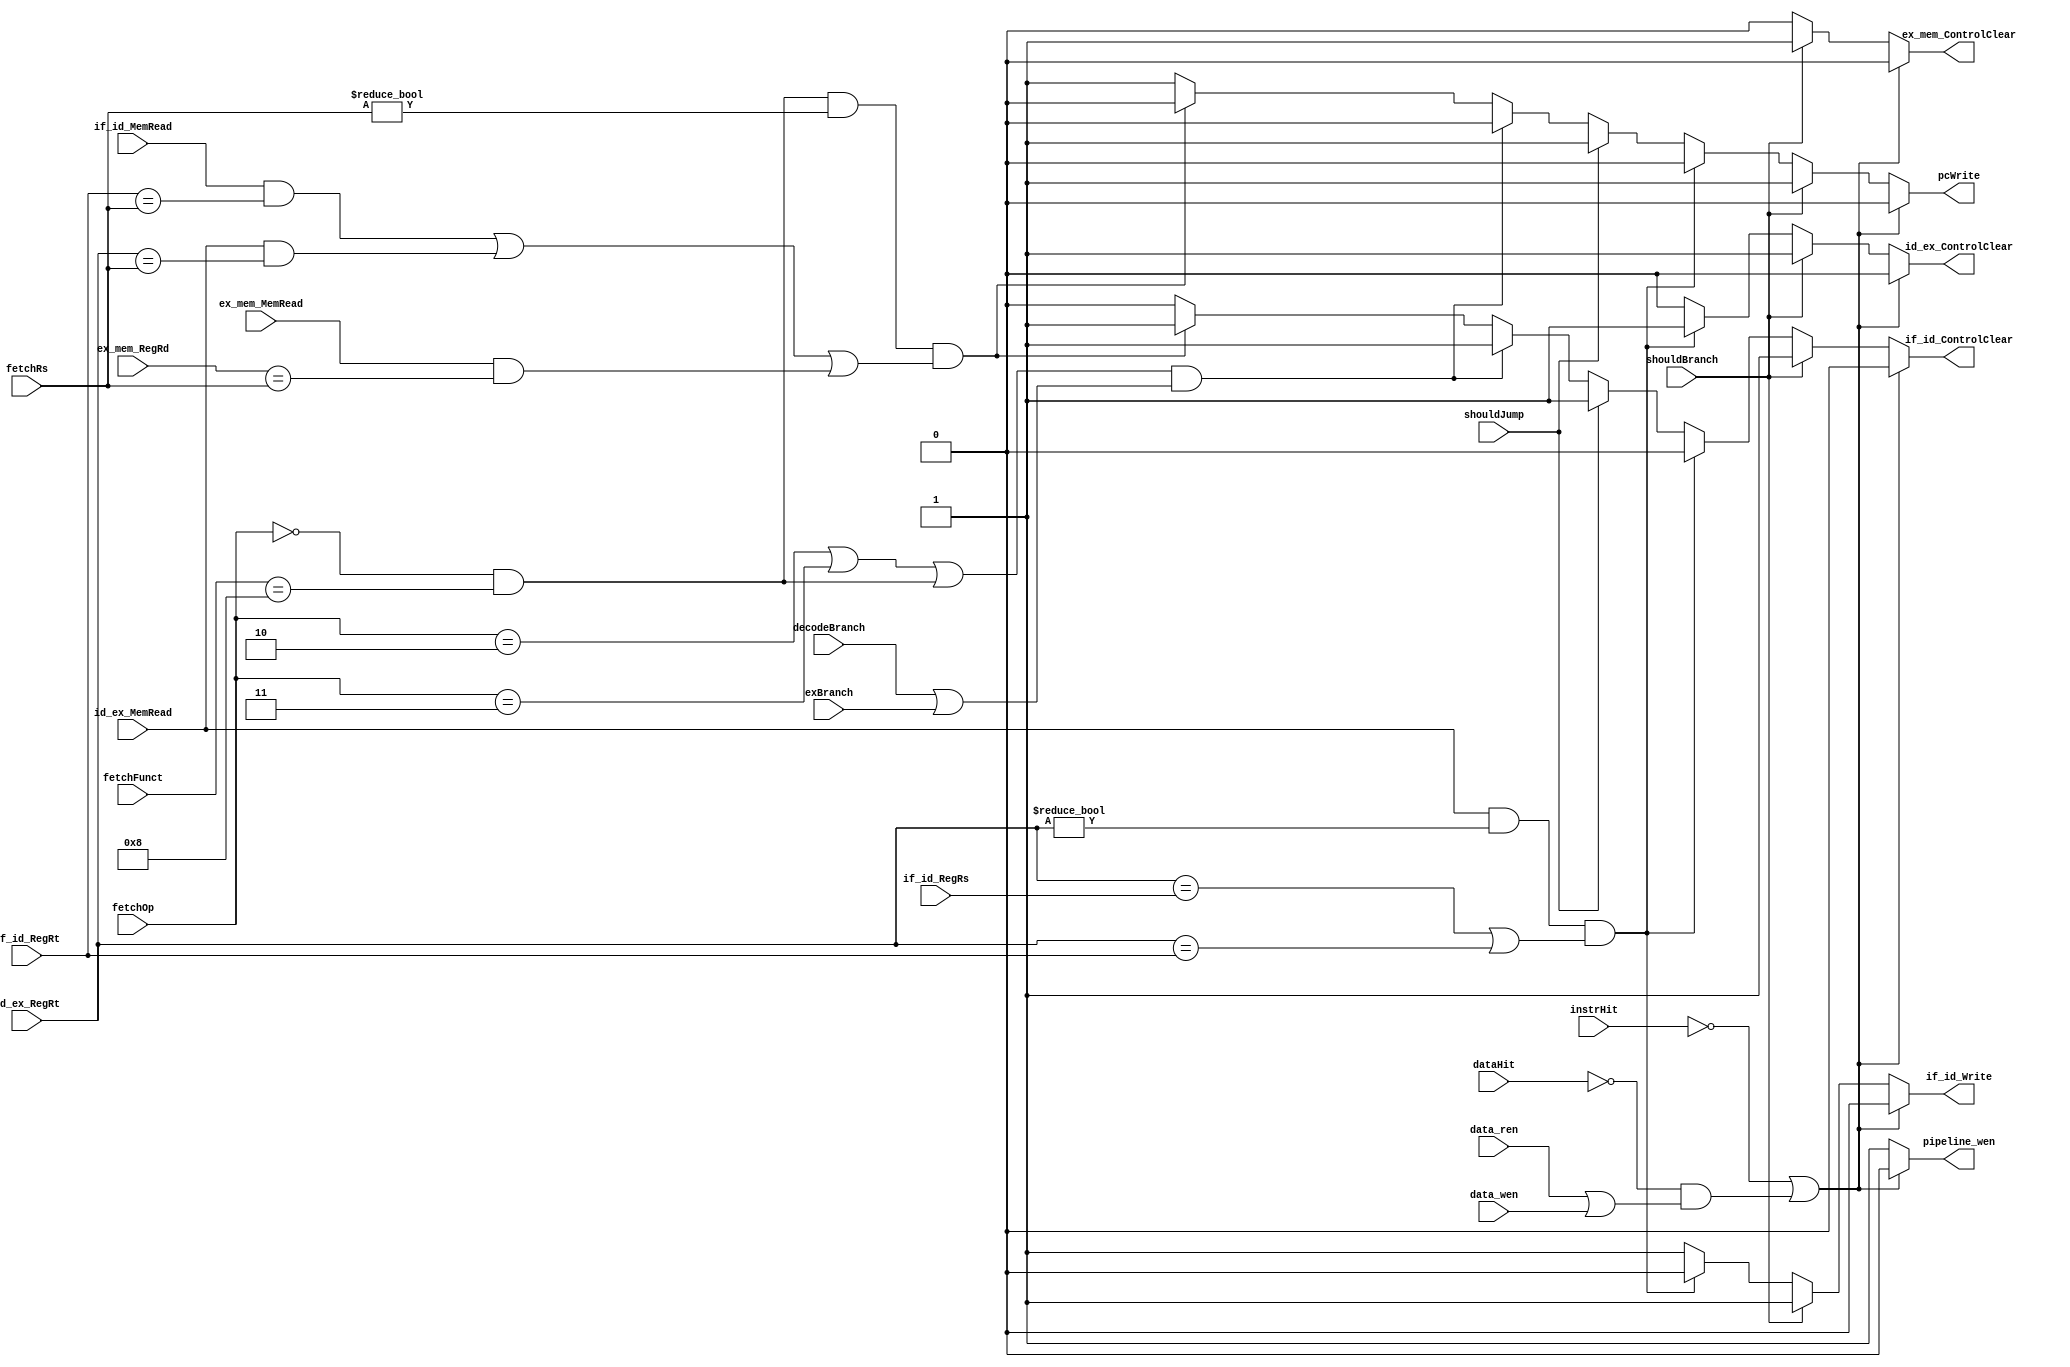
`timescale 1ns / 1ps
//////////////////////////////////////////////////////////////////////////////////
// Company: University of Arizona
// 
// Implemented in ECE369
//////////////////////////////////////////////////////////////////////////////////

module HazardDetection(fetchOp, fetchFunct, shouldBranch, shouldJump, decodeBranch, exBranch, instrHit, dataHit, data_ren, data_wen, pipeline_wen,
                       id_ex_MemRead, if_id_MemRead, ex_mem_MemRead, id_ex_RegRt, if_id_RegRs, if_id_RegRt,
                       fetchRs, ex_mem_RegRd,
                       if_id_Write, pcWrite, if_id_ControlClear,
                       id_ex_ControlClear, ex_mem_ControlClear);
    
	input id_ex_MemRead;
	input if_id_MemRead;
	input ex_mem_MemRead;
	input [4:0] fetchRs;
	input [4:0] ex_mem_RegRd;
    input [4:0] id_ex_RegRt;
    input [4:0] if_id_RegRs;
    input [4:0] if_id_RegRt;
    input instrHit;
    input dataHit;
    input data_ren;
    input data_wen;
    input shouldJump;
    input decodeBranch;
    input exBranch;
    input [5:0] fetchOp;
    input [5:0] fetchFunct;
    input shouldBranch;
    output reg if_id_Write;
    output reg pcWrite;
    output reg if_id_ControlClear;
    output reg id_ex_ControlClear;
    output reg ex_mem_ControlClear;
    output reg pipeline_wen;
    
    always @(*) begin
        
        // So, methinks there are two potential strategies to use here.
        // Strategy one:
        // 1) If both (or either) of the stall conditions for caches occur,
        //    we can go ahead and just prevent writes to both PC and all
        //    pipeline registers.
        // 2) This can be decomposed into 3 cases.
        //      2a) Only instruction cache has a miss. In this case,
        //          we could propagate the instructions beyond one with a
        //          instruction fetch miss down pipeline. I.e. do NOPs
        //          for subsequent instructions until miss is resolved.
        //          The thing I don't like here, though is that we could
        //          have problems with hazards in between.
        //      2b) Only data cache has a miss. In this case,
        //          we stall all instructions except last one maybe.
        //      2c) Both caches have misses. This case will be same as 
        //          2b?
        //
        //
        //
        
        // Cache miss (data not ready)
        if(!instrHit || (!dataHit && (data_ren || data_wen))) begin
            pcWrite <= 1'b0;
            if_id_Write <= 1'b0;
            if_id_ControlClear <= 1'b0;
            id_ex_ControlClear <= 1'b0;
            ex_mem_ControlClear <= 1'b0;
            pipeline_wen <= 1'b0;
        end
        // Branch hazard
        else if(shouldBranch) begin
            // Flush.
            pcWrite <= 1'b1;
            if_id_Write <= 1'b1;
            if_id_ControlClear <= 1'b1;
            id_ex_ControlClear <= 1'b1;
            ex_mem_ControlClear <= 1'b1;
            pipeline_wen <= 1'b1;
        end
        // Load use hazard
        else if(id_ex_MemRead && (id_ex_RegRt != 0) && ((id_ex_RegRt == if_id_RegRs) || (id_ex_RegRt == if_id_RegRt))) begin
            // Stall the pipeline.
            pcWrite <= 1'b0;
            if_id_Write <= 1'b0;
            if_id_ControlClear <= 1'b0;
            id_ex_ControlClear <= 1'b1;
            ex_mem_ControlClear <= 1'b0;
            pipeline_wen <= 1'b1;
        end
        // Jump should make next operation a nop
        else if(shouldJump) begin
            // Make next operation a no-op
            pcWrite <= 1'b1;
            if_id_Write <= 1'b1;
            if_id_ControlClear <= 1'b1;
            id_ex_ControlClear <= 1'b0;
            ex_mem_ControlClear <= 1'b0;
            pipeline_wen <= 1'b1;
        end
        // We're fetching a jump instuction and there's a branch in decode or execute
        else if((fetchOp == 6'b000010 || fetchOp == 6'b000011 ||
                (fetchOp == 6'b000000 && fetchFunct == 6'b001000)) && (decodeBranch || exBranch)) begin
            // Stall pipeline
            // (For branch in mem it's not needed since branch mux take priority over jump).
            pcWrite <= 1'b0;
            if_id_Write <= 1'b1;
            if_id_ControlClear <= 1'b1;
            id_ex_ControlClear <= 1'b0;
            ex_mem_ControlClear <= 1'b0;
            pipeline_wen <= 1'b1;
        end
        // Stall if jr and there is a lw happening (need to wait for the lw to complete).
        else if((fetchOp == 6'b000000 && fetchFunct == 6'b001000) && (fetchRs != 5'b00000) &&
                ((if_id_MemRead && (if_id_RegRt == fetchRs)) ||
                 (id_ex_MemRead && (id_ex_RegRt == fetchRs)) ||
                 (ex_mem_MemRead && (ex_mem_RegRd == fetchRs)))) begin
            pcWrite <= 1'b0;
            if_id_Write <= 1'b1;
            if_id_ControlClear <= 1'b1;
            id_ex_ControlClear <= 1'b0;
            ex_mem_ControlClear <= 1'b0;
            pipeline_wen <= 1'b1;
        end
        // No Hazards
        else begin
            pcWrite <= 1'b1;
            if_id_Write <= 1'b1;
            if_id_ControlClear <= 1'b0;
            id_ex_ControlClear <= 1'b0;
            ex_mem_ControlClear <= 1'b0;
            pipeline_wen <= 1'b1;
        end
    end
    
endmodule